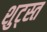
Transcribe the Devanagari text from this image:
शुट्स्त